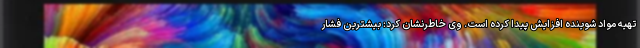
تهیه مواد شوینده افزایش پیدا کرده است. وی خاطرنشان کرد: بیشترین فشار